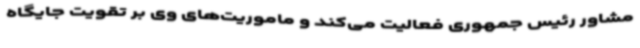
مشاور رئیس جمهوری فعالیت می‌کند و ماموریت‌های وی بر تقویت جایگاه